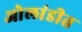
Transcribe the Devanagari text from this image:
ओलांडीत